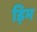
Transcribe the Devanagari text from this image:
ड़िम